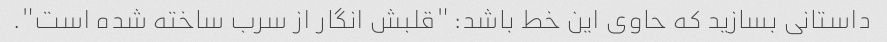
داستانی بسازید که حاوی این خط باشد: "قلبش انگار از سرب ساخته شده است".